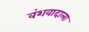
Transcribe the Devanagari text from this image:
वंशवादाला